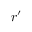
\boldsymbol { r } ^ { \prime }